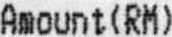
AMOUNT(RM)